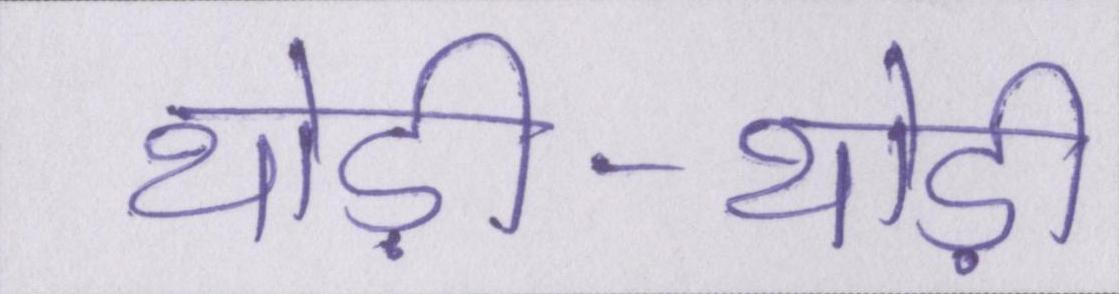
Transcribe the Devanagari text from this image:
थोड़ी-थोड़ी